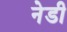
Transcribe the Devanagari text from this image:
नेडी